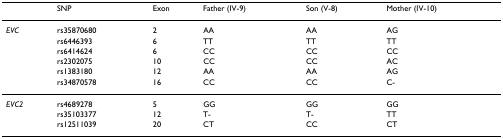
|  | SNP | Exon | Father (IV-9) | Son (V-8) | Mother (IV-10) |
 | --- | --- | --- | --- | --- | --- |
 | EVC | rs35870680 | 2 | AA | AA | AG |
 |  | rs6446393 | 6 | TT | TT | TT |
 |  | rs6414624 | 6 | CC | CC | CC |
 |  | rs2302075 | 10 | CC | CC | AC |
 |  | rs1383180 | 12 | AA | AA | AG |
 |  | rs34870578 | 16 | CC | CC | C- |
 | EVC2 | rs4689278 | 5 | GG | GG | GG |
 |  | rs35103377 | 12 | T- | T- | TT |
 |  | rs12511039 | 20 | CT | CC | CT |